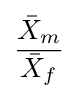
{\frac {{\bar {X}}_{m}}{{\bar {X}}_{f}}}